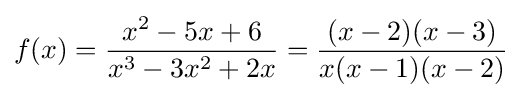
f(x)={\frac {x^{2}-5x+6}{x^{3}-3x^{2}+2x}}={\frac {(x-2)(x-3)}{x(x-1)(x-2)}}